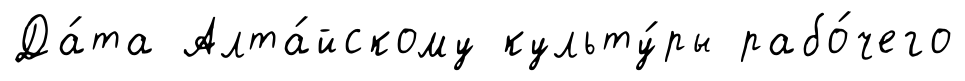
Да́та Алта́йскому культу́ры рабо́чего